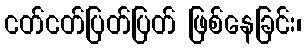
ငတ်ငတ်ပြတ်ပြတ် ဖြစ်နေခြင်း၊